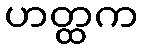
ဟတ္ထက